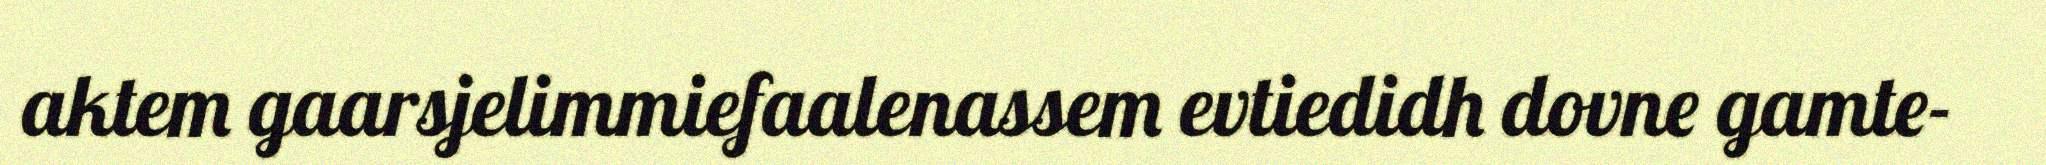
aktem gaarsjelimmiefaalenassem evtiedidh dovne gamte-